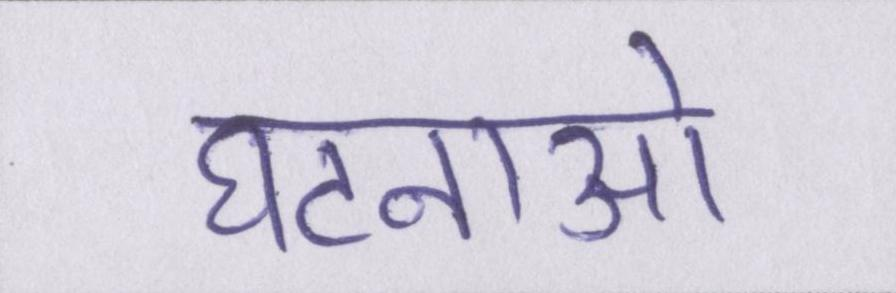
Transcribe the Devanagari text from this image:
घटनाओ